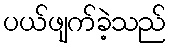
ပယ်ဖျက်ခဲ့သည်